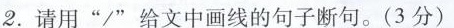
2.请用”/”给文中画线的句子断句。(3分)